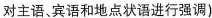
对主语、宾语和地点状语进行强调)